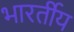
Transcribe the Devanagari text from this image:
भारर्तीय